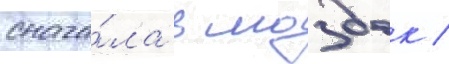
снача́ла в моздок /